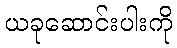
ယခုဆောင်းပါးကို